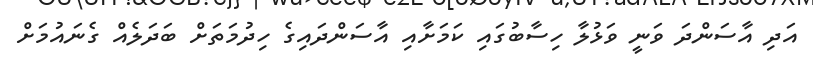
އަދި އާސަންދަ ވަނީ ވަޅުލާ ހިސާބުގައި ކަމަށާއި އާސަންދައިގެ ހިދުމަތަށް ބަދަލެއް ގެނައުމަށް